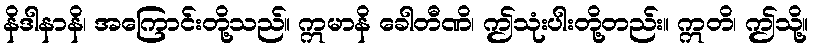
နိဒါနာနိ၊ အကြောင်းတို့သည်။ ဣမာနိ ခေါတီဏိ၊ ဤသုံးပါးတို့တည်း။ ဣတိ၊ ဤသို့။